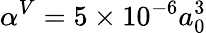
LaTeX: \alpha^{V}=5\times 10^{-6}a_{0}^{3}